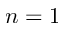
n = 1